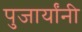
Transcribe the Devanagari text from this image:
पुजार्यांनी